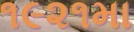
૧૯૨૧મા